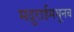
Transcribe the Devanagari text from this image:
मदुराईमधूनच